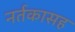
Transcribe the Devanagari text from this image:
नर्तकासह